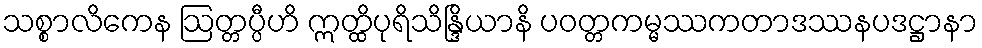
သစ္စာလိကေန ဩတ္တပ္ပီဟိ ဣတ္ထိပုရိသိန္ဒြိယာနိ ပဝတ္တကမ္မဿကတာဒဿနပဒဋ္ဌာနာ